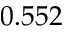
0 . 5 5 2